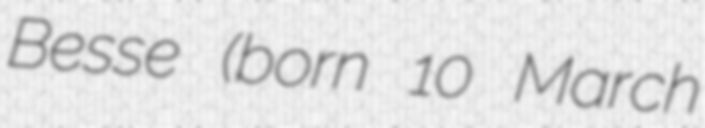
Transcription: Besse (born 10 March